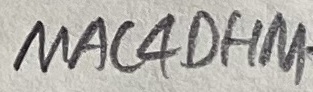
Text: MAC4OHM